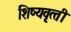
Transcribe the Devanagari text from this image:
शिष्‍यवृत्‍ती